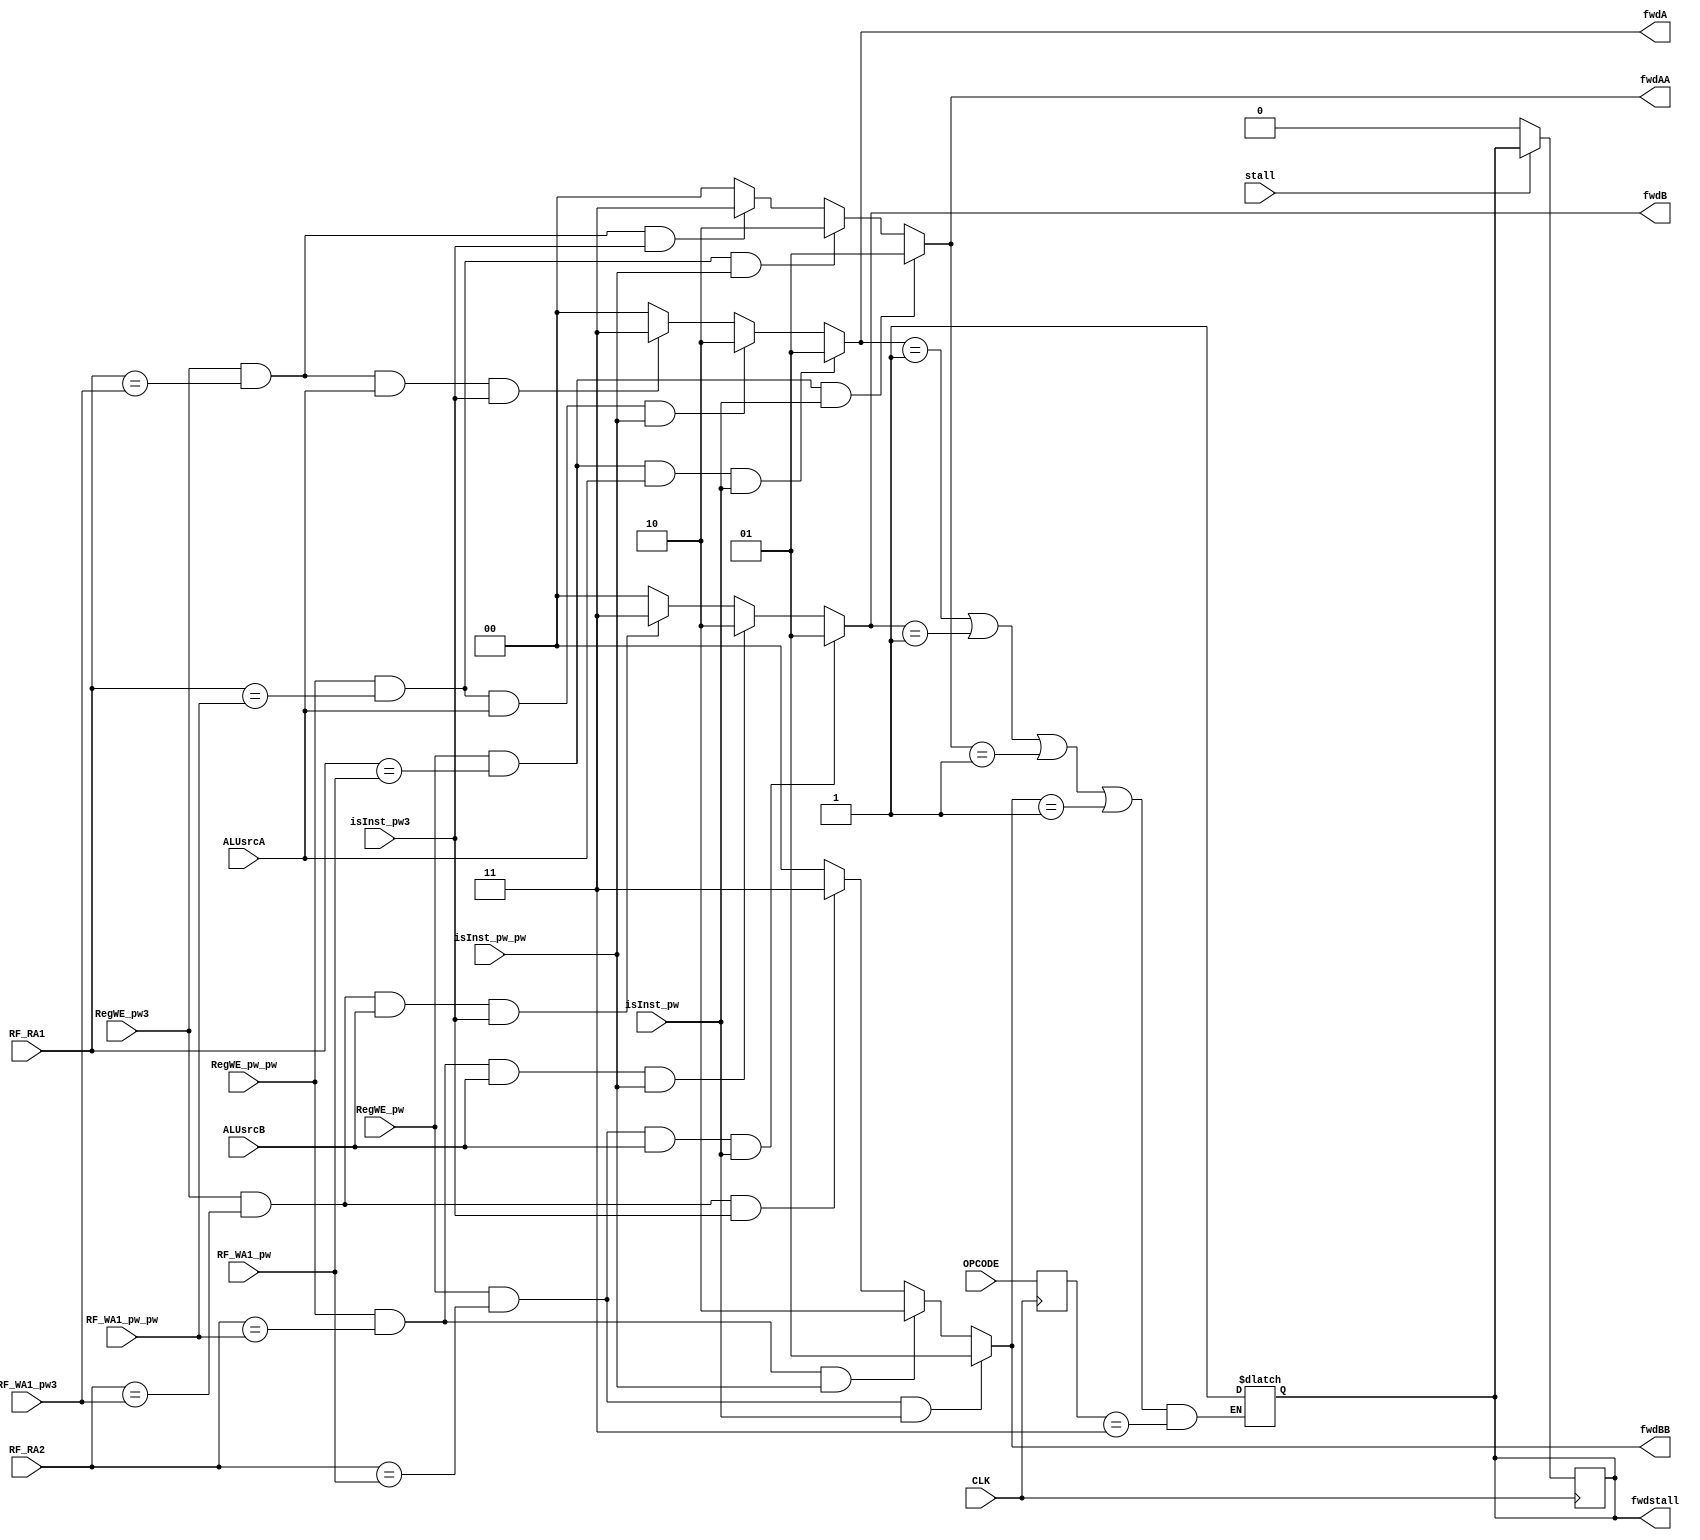
module FORWARD(
	input wire [4:0] RF_RA1, // address of register 1
	input wire [4:0] RF_RA2, // address of register 2
	input wire ALUsrcA, // does it use register 1?
	input wire ALUsrcB, // does it use register 2?
	input wire [4:0] RF_WA1_pw, // dest register address of ex stage's instruction
	input wire [4:0] RF_WA1_pw_pw, // dest register address of mem stage's instruction
	input wire [4:0] RF_WA1_pw3, // dest register address of wb stage's instruction
	input wire RegWE_pw, // does ex stage's instruction write to dest reg?
	input wire RegWE_pw_pw, // does mem stage's instruction write to dest reg?
	input wire RegWE_pw3, // does wb stage's instruction write to dest reg?

	input wire [6:0] OPCODE,
	input wire CLK,
	input wire isInst_pw,
	input wire isInst_pw_pw,
	input wire isInst_pw3,
	input wire stall,

	output reg [1:0] fwdA,
	output reg [1:0] fwdB,
	output reg [1:0] fwdAA,
	output reg [1:0] fwdBB,
	output reg fwdstall // ld  raw  stall
	);

	initial begin
		fwdstall = 0;
	end

	reg [6:0] OPCODE_past;

	always @(posedge CLK) begin
		OPCODE_past <= OPCODE;
		if (!stall) begin
			if(fwdstall) fwdstall <= 1'b0;
		end
	end

	always @(*) begin
		if(RegWE_pw && RF_RA1 == RF_WA1_pw && ALUsrcA && isInst_pw) fwdA = 2'b01;
		else if(RegWE_pw_pw && RF_RA1 == RF_WA1_pw_pw && ALUsrcA && isInst_pw_pw) fwdA = 2'b10;
		else if(RegWE_pw3 && RF_RA1 == RF_WA1_pw3 && ALUsrcA && isInst_pw3) fwdA = 2'b11;
		else fwdA = 2'b00;

		if(RegWE_pw && RF_RA2 == RF_WA1_pw && ALUsrcB && isInst_pw) fwdB = 2'b01;
		else if(RegWE_pw_pw && RF_RA2 == RF_WA1_pw_pw && ALUsrcB && isInst_pw_pw) fwdB = 2'b10;
		else if(RegWE_pw3 && RF_RA2 == RF_WA1_pw3 && ALUsrcB && isInst_pw3) fwdB = 2'b11;
		else fwdB = 2'b00;

		if(RegWE_pw && RF_RA1 == RF_WA1_pw && isInst_pw) fwdAA = 2'b01;
		else if(RegWE_pw_pw && RF_RA1 == RF_WA1_pw_pw && isInst_pw_pw) fwdAA = 2'b10;
		else if(RegWE_pw3 && RF_RA1 == RF_WA1_pw3 && isInst_pw3) fwdAA = 2'b11;
		else fwdAA = 2'b00;

		if(RegWE_pw && RF_RA2 == RF_WA1_pw && isInst_pw) fwdBB = 2'b01;
		else if(RegWE_pw_pw && RF_RA2 == RF_WA1_pw_pw && isInst_pw_pw) fwdBB = 2'b10;
		else if(RegWE_pw3 && RF_RA2 == RF_WA1_pw3 && isInst_pw3) fwdBB = 2'b11;
		else fwdBB = 2'b00;

		if ((fwdA == 2'b01 || fwdB == 2'b01 || fwdAA == 2'b01 || fwdBB == 2'b01) && OPCODE_past == 7'b0000011) fwdstall = 1'b1;
	end 
endmodule